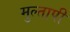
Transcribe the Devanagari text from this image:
मुल्तापी